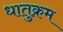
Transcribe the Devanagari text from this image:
धातुक्रम